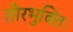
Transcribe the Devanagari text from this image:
तीरभुक्‍तिः